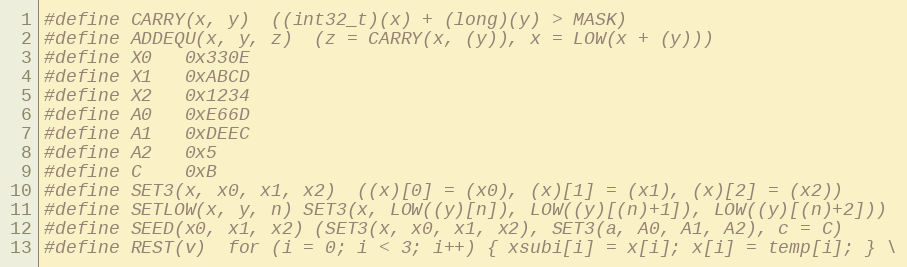
Language: C
#define CARRY(x, y)	((int32_t)(x) + (long)(y) > MASK)
#define ADDEQU(x, y, z)	(z = CARRY(x, (y)), x = LOW(x + (y)))
#define X0	0x330E
#define X1	0xABCD
#define X2	0x1234
#define A0	0xE66D
#define A1	0xDEEC
#define A2	0x5
#define C	0xB
#define SET3(x, x0, x1, x2)	((x)[0] = (x0), (x)[1] = (x1), (x)[2] = (x2))
#define SETLOW(x, y, n) SET3(x, LOW((y)[n]), LOW((y)[(n)+1]), LOW((y)[(n)+2]))
#define SEED(x0, x1, x2) (SET3(x, x0, x1, x2), SET3(a, A0, A1, A2), c = C)
#define REST(v)	for (i = 0; i < 3; i++) { xsubi[i] = x[i]; x[i] = temp[i]; } \